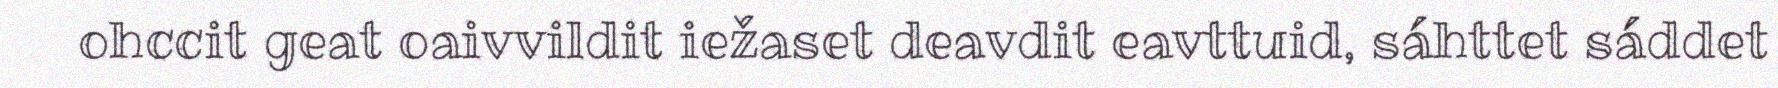
ohccit geat oaivvildit iežaset deavdit eavttuid, sáhttet sáddet